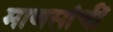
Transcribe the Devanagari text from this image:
माणसांचीं